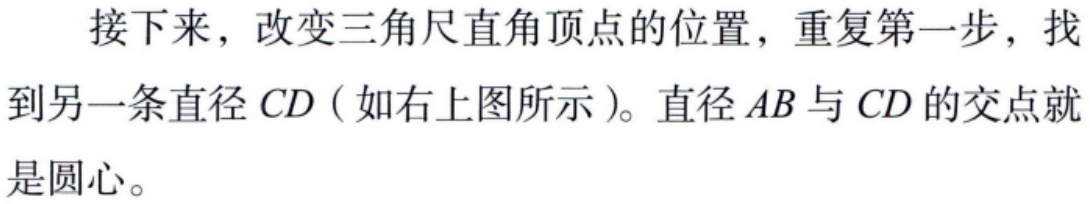
接下来，改变三角尺直角顶点的位置，重复第一步，找到另一条直径 \(CD\)（如右上图所示）。直径 \(AB\) 与 \(CD\) 的交点就是圆心。